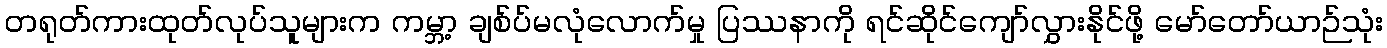
တရုတ်ကားထုတ်လုပ်သူများက ကမ္ဘာ့ ချစ်ပ်မလုံလောက်မှု ပြဿနာကို ရင်ဆိုင်ကျော်လွှားနိုင်ဖို့ မော်တော်ယာဉ်သုံး